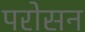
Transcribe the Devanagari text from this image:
परोसन